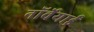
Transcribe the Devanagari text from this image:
नॉर्वेयाई